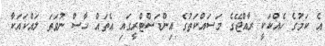
އެ ކަމުގެ ހެއްކަކީ ރާއްޖޭގެ މަސައްކަތުގެ އިންޑަސްޓްރީގައި އެތައް ހާސް ނުވަތަ ލައްކައަކާ